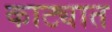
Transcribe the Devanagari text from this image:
काट्यात